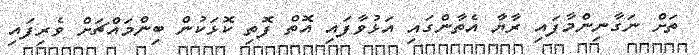
ތަށް ނަގާނިންމާފައި ރާޔާ އެތާންގައި އަޅުވާފައި އޮތް ފޮތި ކޮޅަކުން ބިންމައްޗަށް ވެރިފައި